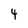
Character: 4